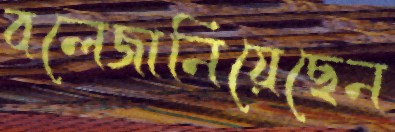
বলেজানিয়েছেন